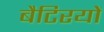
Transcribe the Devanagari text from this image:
बैटिरयों